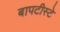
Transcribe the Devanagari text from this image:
बापटीस्टे